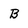
Character: B